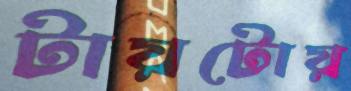
টায়টোয়